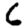
Digit: 6